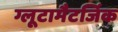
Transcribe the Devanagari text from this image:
ग्लूटामैटर्जिक